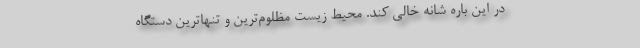
در این باره شانه خالی کند. محیط زیست مظلوم‌ترین و تنهاترین دستگاه